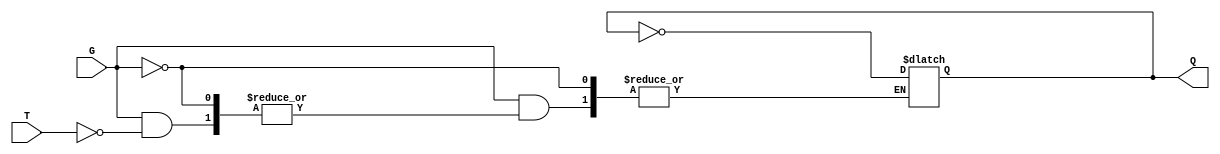
module Gated_T_Latch (
    input wire T,      // Toggle input
    input wire G,      // Gate signal
    output reg Q       // Output Q
);

// Optional: Q' could be defined based on Q, but we can derive it as needed.
// output wire Q_not = ~Q;   // Uncomment if you need Q'

    // Always block that defines the behavior of the gated T latch
    always @(*) begin
        if (G == 0) begin
            // If G is LOW, maintain the current state
            Q <= Q; // No change
        end else if (G == 1) begin
            if (T == 1) begin
                // If G is high and T is high, toggle the state
                Q <= ~Q;
            end
            // If T is low, maintain the current state
            // Q <= Q; // This line is redundant in an if-else structure
        end
    end

endmodule